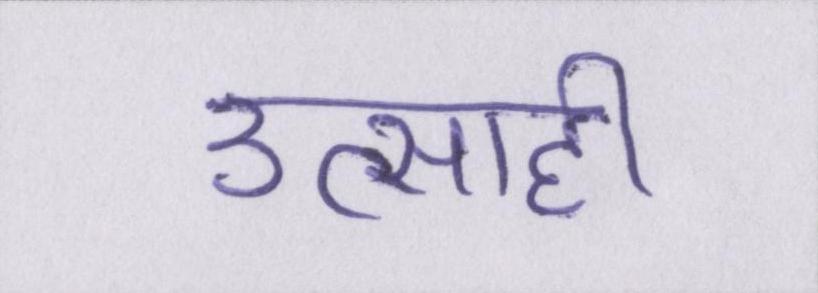
उत्साही